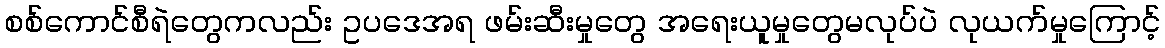
စစ်ကောင်စီရဲတွေကလည်း ဥပဒေအရ ဖမ်းဆီးမှုတွေ အရေးယူမှုတွေမလုပ်ပဲ လုယက်မှုကြောင့်